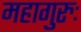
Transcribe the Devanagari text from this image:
महागुरुः